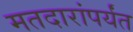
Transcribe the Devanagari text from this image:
मतदारांपर्यंत